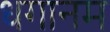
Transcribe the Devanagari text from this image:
धगानम